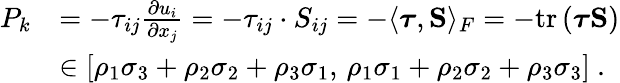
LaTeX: \begin{array}{rl}{P_{k}}&{=-\tau_{ij}\frac{\partial u_{i}}{\partial x_{j}}=-\tau_{ij}\cdot S_{ij}=-\langle\boldsymbol{\tau},\mathbf{S}\rangle_{F}=-\mathrm{tr}\left(\boldsymbol{\tau}\mathbf{S}\right)}\\ &{\in\left[\rho_{1}\sigma_{3}+\rho_{2}\sigma_{2}+\rho_{3}\sigma_{1},\, \rho_{1}\sigma_{1}+\rho_{2}\sigma_{2}+\rho_{3}\sigma_{3}\right]\ \mathrm{.}}\end{array}